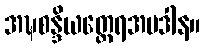
အဍ္ဎစန္ဒိယတ္ထေရအပဒါန။